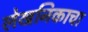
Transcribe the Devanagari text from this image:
लेखनिकाचा